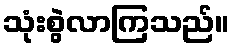
သုံးစွဲလာကြသည်။